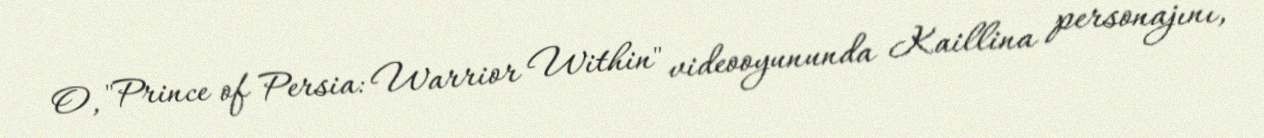
O, "Prince of Persia: Warrior Within" videooyununda Kaillina personajını,